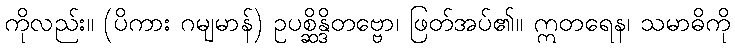
ကိုလည်း။ (ပိကား ဂမျမာန်) ဥပစ္ဆိန္ဒိတဗ္ဗော၊ ဖြတ်အပ်၏။ ဣတရေန၊ သမာဓိကို